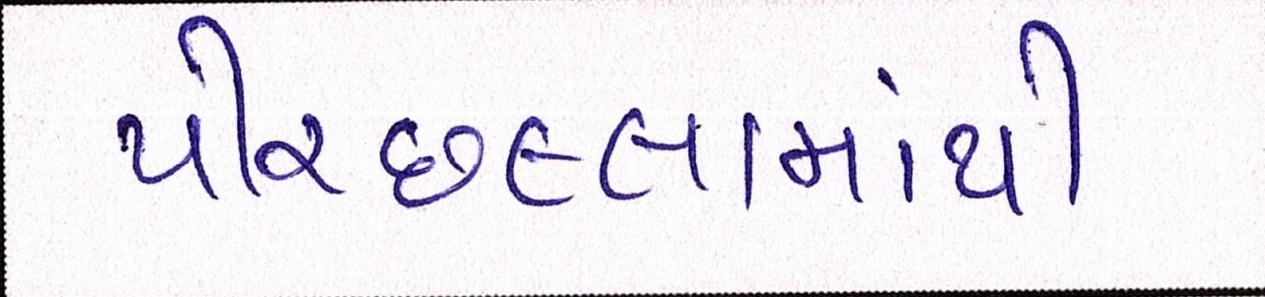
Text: પીરછલ્લામાંથી